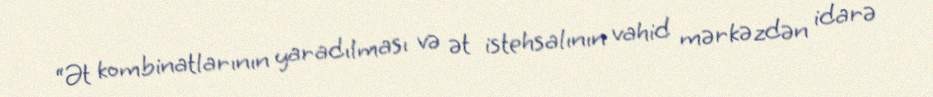
“Ət kombinatlarının yaradılması və ət istehsalının vahid mərkəzdən idarə